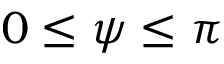
0 \leq \psi \leq \pi